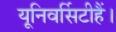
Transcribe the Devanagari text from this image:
यूनिवर्सिटीहैं।